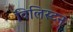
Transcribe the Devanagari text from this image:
विलिस्टन